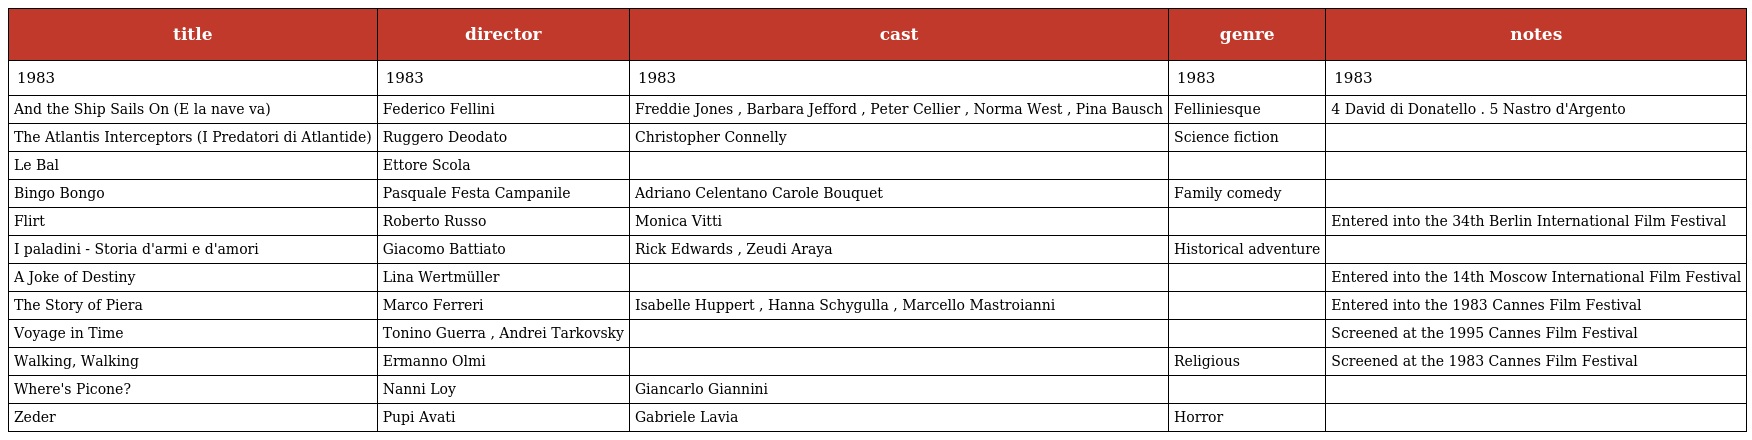
| title | director | cast | genre | notes |
 | --- | --- | --- | --- | --- |
 | 1983 | 1983 | 1983 | 1983 | 1983 |
 | And the Ship Sails On (E la nave va) | Federico Fellini | Freddie Jones , Barbara Jefford , Peter Cellier , Norma West , Pina Bausch | Felliniesque | 4 David di Donatello . 5 Nastro d'Argento |
 | The Atlantis Interceptors (I Predatori di Atlantide) | Ruggero Deodato | Christopher Connelly | Science fiction |  |
 | Le Bal | Ettore Scola |  |  |  |
 | Bingo Bongo | Pasquale Festa Campanile | Adriano Celentano Carole Bouquet | Family comedy |  |
 | Flirt | Roberto Russo | Monica Vitti |  | Entered into the 34th Berlin International Film Festival |
 | I paladini - Storia d'armi e d'amori | Giacomo Battiato | Rick Edwards , Zeudi Araya | Historical adventure |  |
 | A Joke of Destiny | Lina Wertmüller |  |  | Entered into the 14th Moscow International Film Festival |
 | The Story of Piera | Marco Ferreri | Isabelle Huppert , Hanna Schygulla , Marcello Mastroianni |  | Entered into the 1983 Cannes Film Festival |
 | Voyage in Time | Tonino Guerra , Andrei Tarkovsky |  |  | Screened at the 1995 Cannes Film Festival |
 | Walking, Walking | Ermanno Olmi |  | Religious | Screened at the 1983 Cannes Film Festival |
 | Where's Picone? | Nanni Loy | Giancarlo Giannini |  |  |
 | Zeder | Pupi Avati | Gabriele Lavia | Horror |  |